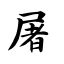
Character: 屠